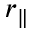
r _ { \parallel }